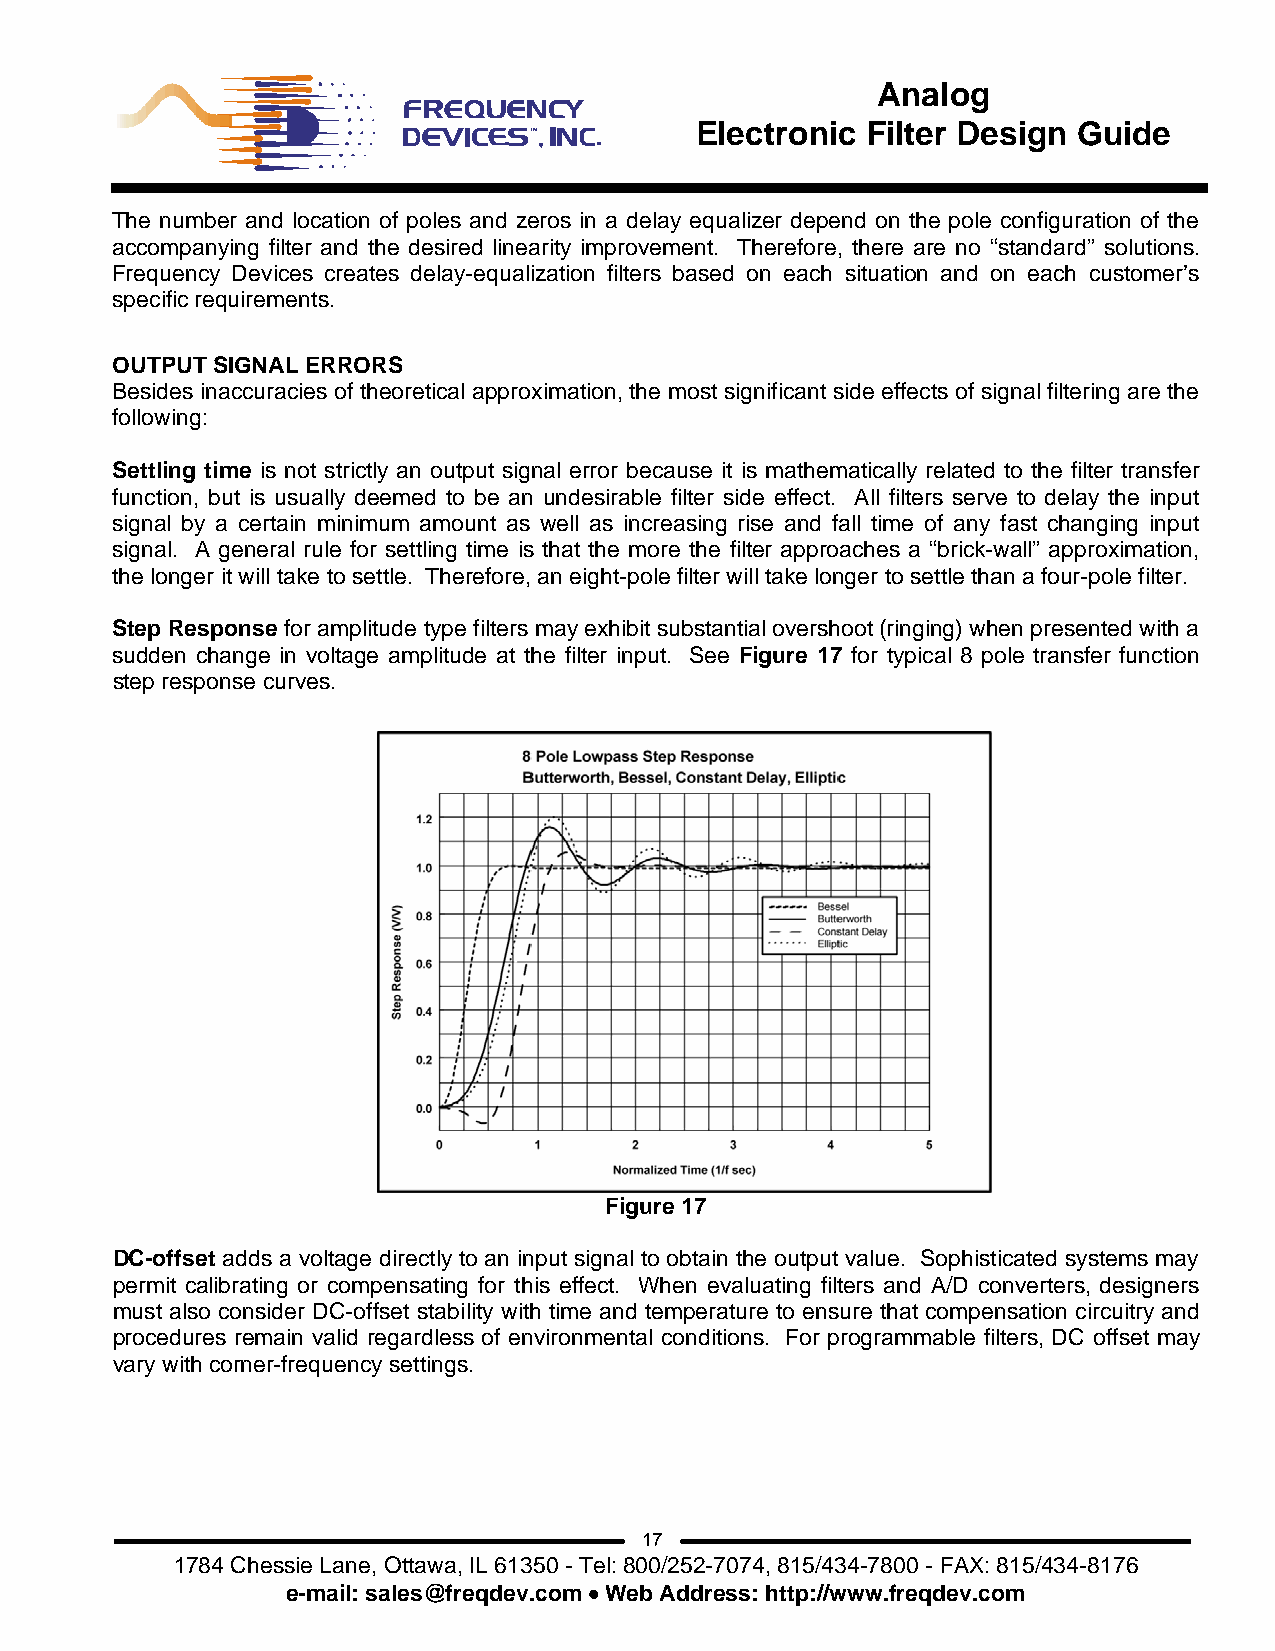
Analog
 Electronic Filter Design Guide
 The number and location of poles and zeros in a delay equalizer depend on the pole configuration of the
 accompanying filter and the desired linearity improvement. Therefore, there are no “standard” solutions.
 Frequency Devices creates delay-equalization filters based on each situation and on each customer’s
 specific requirements.
 OUTPUT SIGNAL ERRORS
 Besides inaccuracies of theoretical approximation, the most significant side effects of signal filtering are the
 following:
 Settling time is not strictly an output signal error because it is mathematically related to the filter transfer
 function, but is usually deemed to be an undesirable filter side effect. All filters serve to delay the input
 signal by a certain minimum amount as well as increasing rise and fall time of any fast changing input
 signal. A general rule for settling time is that the more the filter approaches a “brick-wall” approximation,
 the longer it will take to settle. Therefore, an eight-pole filter will take longer to settle than a four-pole filter.
 Step Response for amplitude type filters may exhibit substantial overshoot (ringing) when presented with a
 sudden change in voltage amplitude at the filter input. See Figure 17 for typical 8 pole transfer function
 step response curves.
 Figure 17
 DC-offset adds a voltage directly to an input signal to obtain the output value. Sophisticated systems may
 permit calibrating or compensating for this effect. When evaluating filters and A/D converters, designers
 must also consider DC-offset stability with time and temperature to ensure that compensation circuitry and
 procedures remain valid regardless of environmental conditions. For programmable filters, DC offset may
 vary with corner-frequency settings.
 17
 1784 Chessie Lane, Ottawa, IL 61350 - Tel: 800/252-7074, 815/434-7800 - FAX: 815/434-8176
 e-mail: sales@freqdev.com • Web Address: http://www.freqdev.com